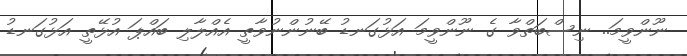
ނޫންވީމަ.. ނިސްބަތްވާ ގެ ނޫންވީމަ އަޅުގަނޑު ބޭނުންނުވާތީ އެއްލާލި ބައްޕަ އުޅޭތީ އަޅުގަނޑު